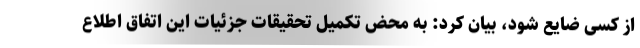
از کسی ضایع شود، بیان کرد: به محض تکمیل تحقیقات جزئیات این اتفاق اطلاع